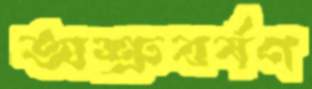
অশ্রুবর্ষণ